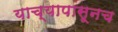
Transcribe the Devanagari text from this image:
याच्यापासूनच